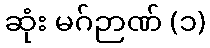
ဆုံး မဂ်ဉာဏ် (၁)